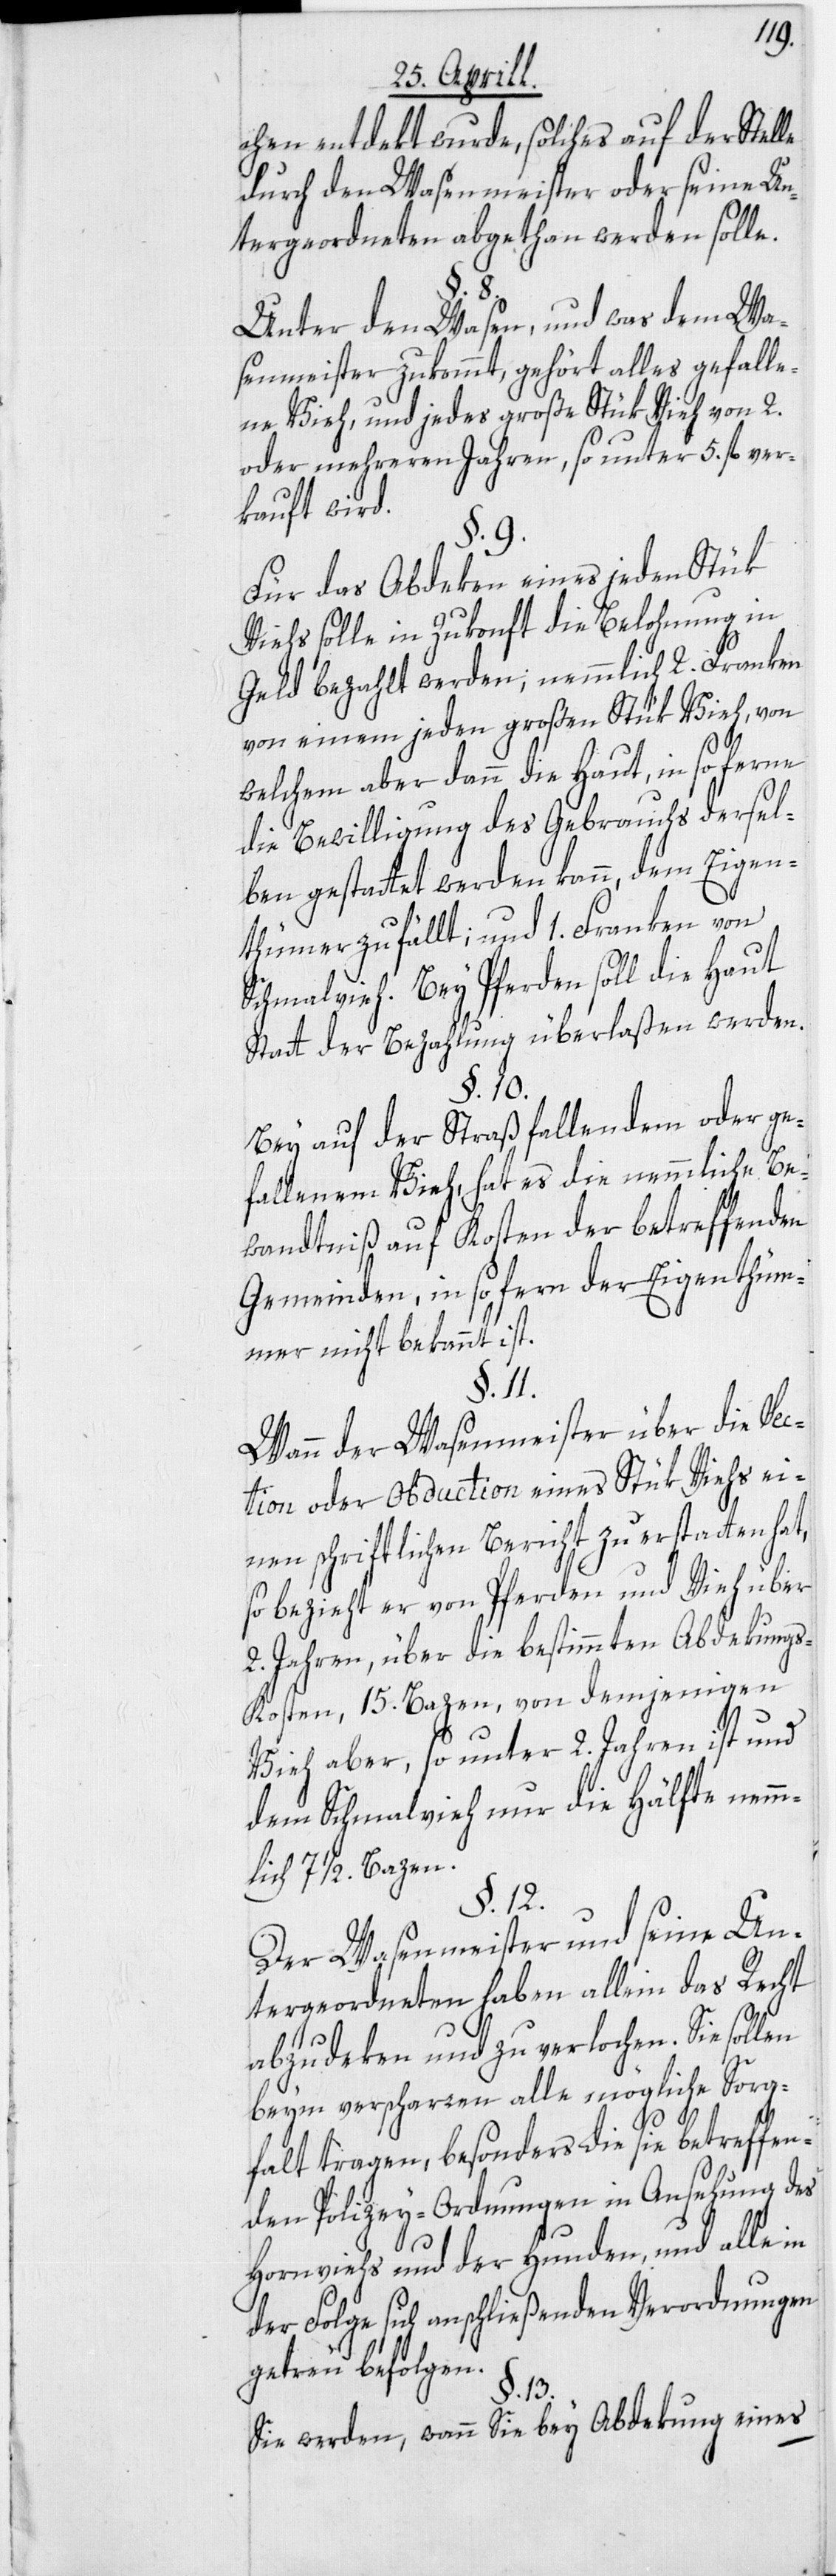
chen entdekt wurde, solches auf der Stelle
durch den Wasenmeister oder seine Un¬
tergeordneten abgethan werden solle.
§. 8.
Unter den Wasen, und was dem Wa¬
senmeister zukommt, gehört alles gefalle¬
ne Vieh, und jedes große Stük Vieh von 2.
oder mehreren Jahren, so unter 5. fl. ver¬
kauft wird.
§. 9.
Für das Abdeken eines jeden Stük
Viehs solle in Zukonft die Belohnung in
Geld bezahlt werden; nemmlich 2. Franken
von einem jeden großen Stük Vieh, von
welchem aber dann die Haut, in so ferne
die Bewilligung des Gebrauchs dersel¬
ben gestattet werden kann, dem Eigen¬
thümer zufällt; und 1. Franken von
Schmalvieh. Bey Pferden soll die Haut
Statt der Bezahlung überlaßen werden.
§. 10.
Bey auf der Straß fallendem oder ge¬
fallenem Vieh, hat es die nemmliche Be¬
wandtniß auf Kosten der betreffenden
Gemeinden, in so fern der Eigenthüm¬
mer nicht bekannt ist.
§. 11.
Wann der Wasenmeister über die Sec¬
tion oder Obduction eines Stük Viehs ei¬
nen schriftlichen Bericht zu erstatten hat,
so bezieht er von Pferden und Vieh über
2. Jahren, über die bestimmten Abdekung¬
s-Kosten, 15. Bazen, von demjenigen
Vieh aber, so unter 2. Jahren ist und
dem Schmalvieh nur die Hälfte nemm¬
lich 7 1/2. Bazen.
§. 12.
Der Wasenmeister und seine Un¬
tergeordneten haben allein das Recht
abzudeken und zu verlochen. Sie sollen
beym verscharren alle mögliche Sorg¬
falt tragen, besonders die sie betreffen¬
den Polizey-Ordnungen in Ansehung des
Hornviehs und der Hunden, und alle in
der Folge sich anschließenden Verordnungen
getreu befolgen.
§. 13.
Sie werden, wann Sie bey Abdekung eines